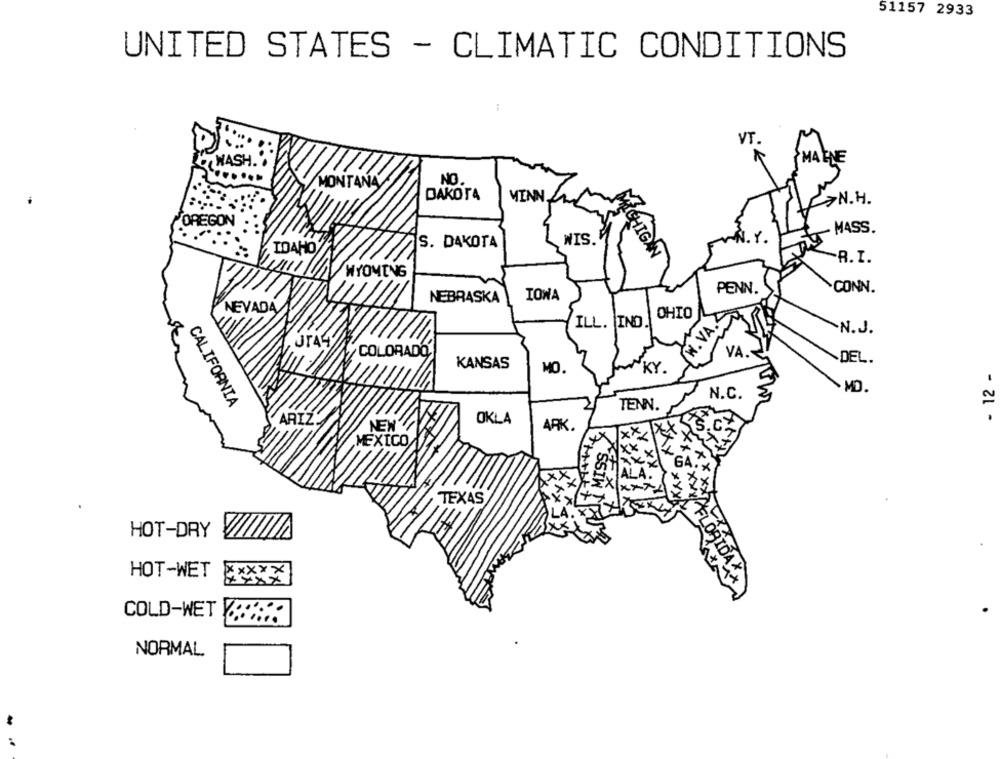
51157 2933
UNITED STATES - CLIMATIC CONDITIONS
VT.
MALNE
WASH.
NO
MONTANA
DAKOTA
MENN LA
N.H.
OREGON
- MASS.
S. DAKOTA
WIS.
I. Y.
IDAHO
CHIGAN
-R.I.
WYOMING
CONN.
IOWA
PENN.
NEBRASKA
NEVADA
OHIO
W. VA.
ILL. IND.
N. J.
se
COLORADO
VA
KANSAS
DEL.
MO
KY
- 12 -
N.C.
·MD.
CALIFORNIA
TENN.
ARIZ
NEW
OKLA
ARK.
MEXICO
GA
TEXAS
HOT-DRY
HOT-WET
xx
COLD-WET
NORMAL
: